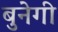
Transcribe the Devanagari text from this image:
बुनेगी